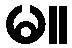
မ။